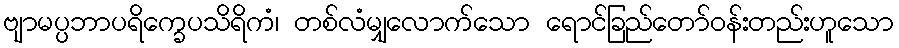
ဗျာမပ္ပဘာပရိက္ခေပသိရိကံ၊ တစ်လံမျှလောက်သော ရောင်ခြည်တော်ဝန်းတည်းဟူသော